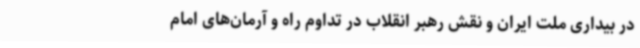
در بیداری ملت ایران و نقش رهبر انقلاب در تداوم راه و آرمان‌های امام